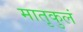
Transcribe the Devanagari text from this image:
मातृकुलं